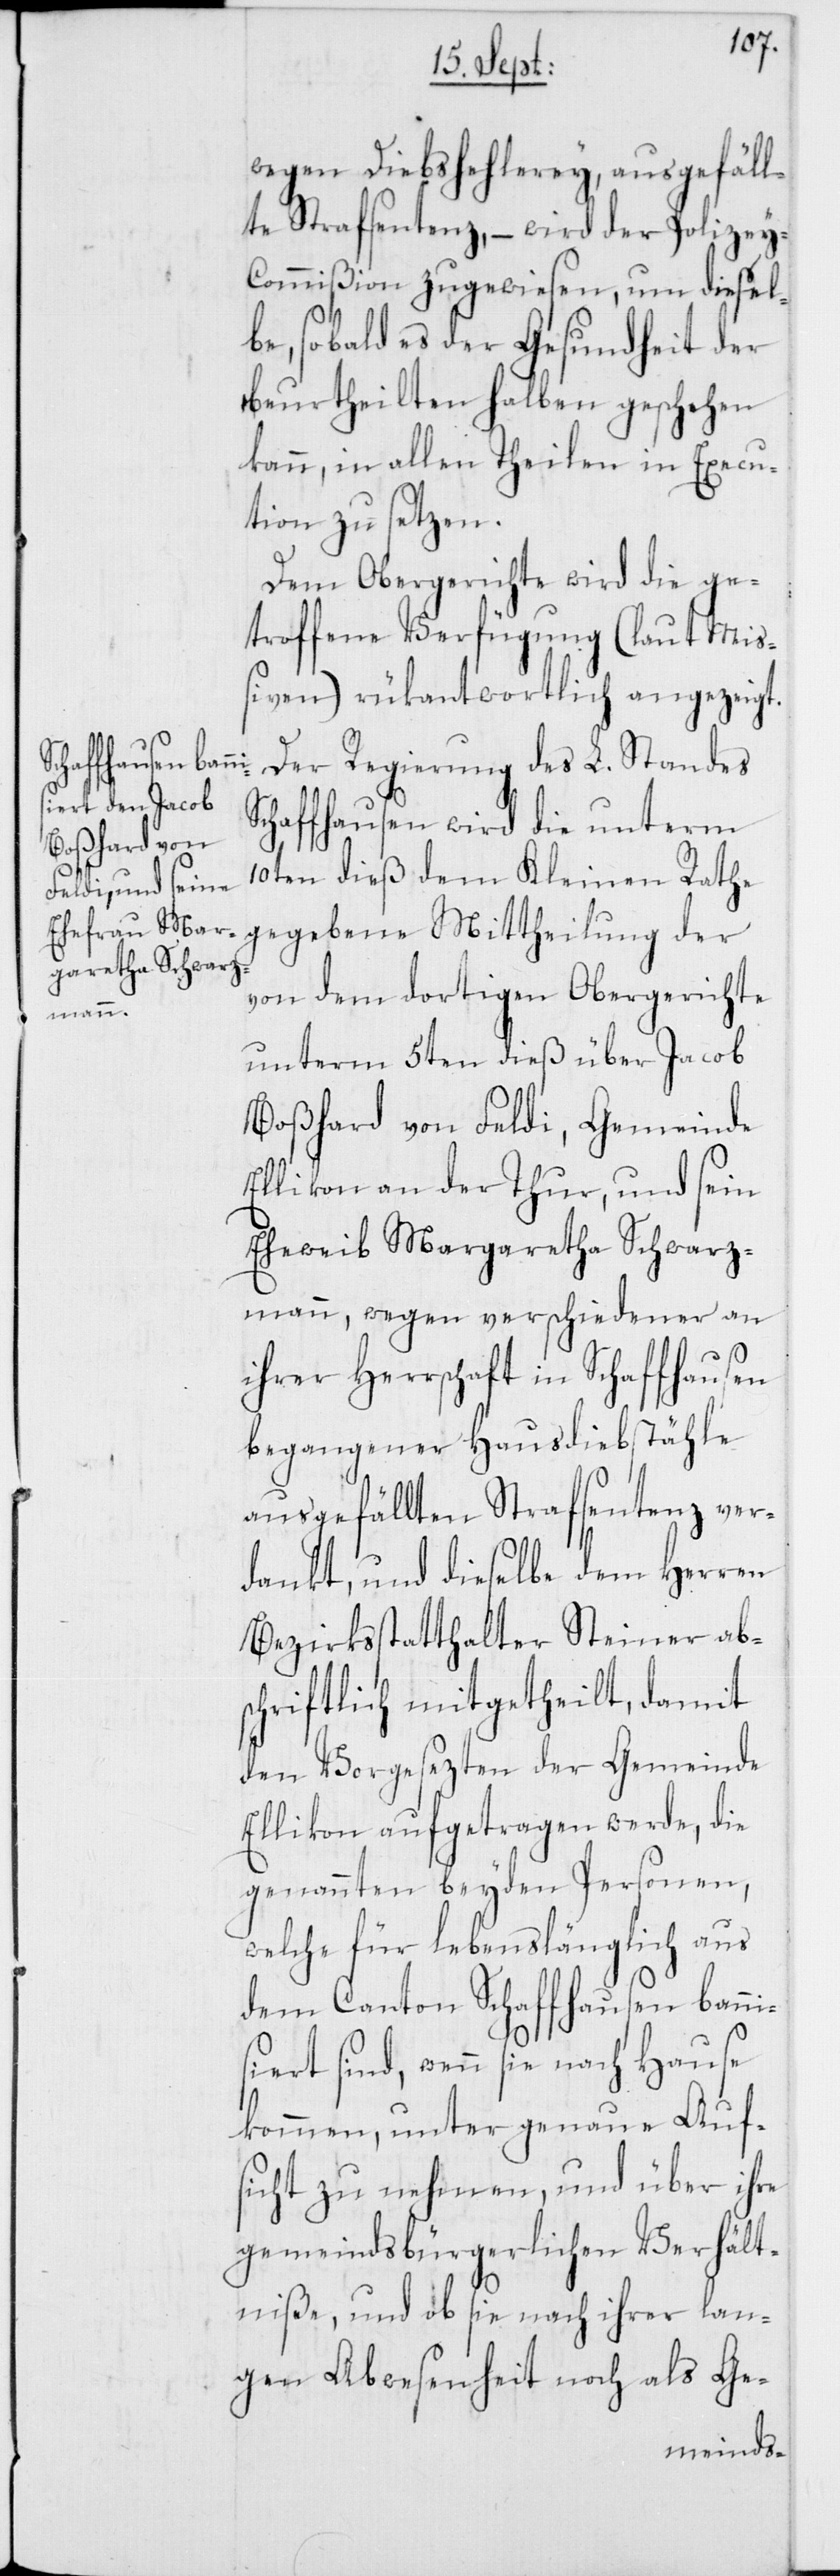
wegen Diebshehlerey, ausgefäll¬
te Strafsentenz, – wird der Polizey-C¬
ommißion zugewiesen, um diesel¬
be, sobald es der Gesundheit der
beurtheilten halben geschehen
kann, in allen Theilen in Execu¬
tion zu setzen.
Dem Obergerichte wird die ge¬
troffene Verfügung (laut Miß¬
iven) rükantwortlich angezeigt.
Der Regierung des L. Standes
Schaffhausen wird die unterm
10ten dieß dem Kleinen Rathe
gegebene Mittheilung der
von dem dortigen Obergerichte
unterm 5ten dieß über Jacob
Boßhard von Feldi, Gemeinde
Ellikon an der Thur, und sein
Eheweib Margaretha Schwarz¬
mann, wegen verschiedener an
ihrer Herrschaft in Schaffhausen
begangener Hausdiebstähle
ausgefällten Strafsentenz ver¬
dankt, und dieselbe dem Herren
Bezirksstatthalter Steiner abs¬
chriftlich mitgetheilt, damit
den Vorgesezten der Gemeinde
Ellikon aufgetragen werde, die
genannten beyden Personen,
welche für lebenslänglich aus
dem Canton Schaffhausen banni¬
siert sind, wenn sie nach Hause
kommen, unter genaue Auf¬
sicht zu nehmen, und über ihre
gemeindsbürgerlichen Verhält¬
niße, und ob sie nach ihrer lan¬
gen Abwesenheit noch als Ge-